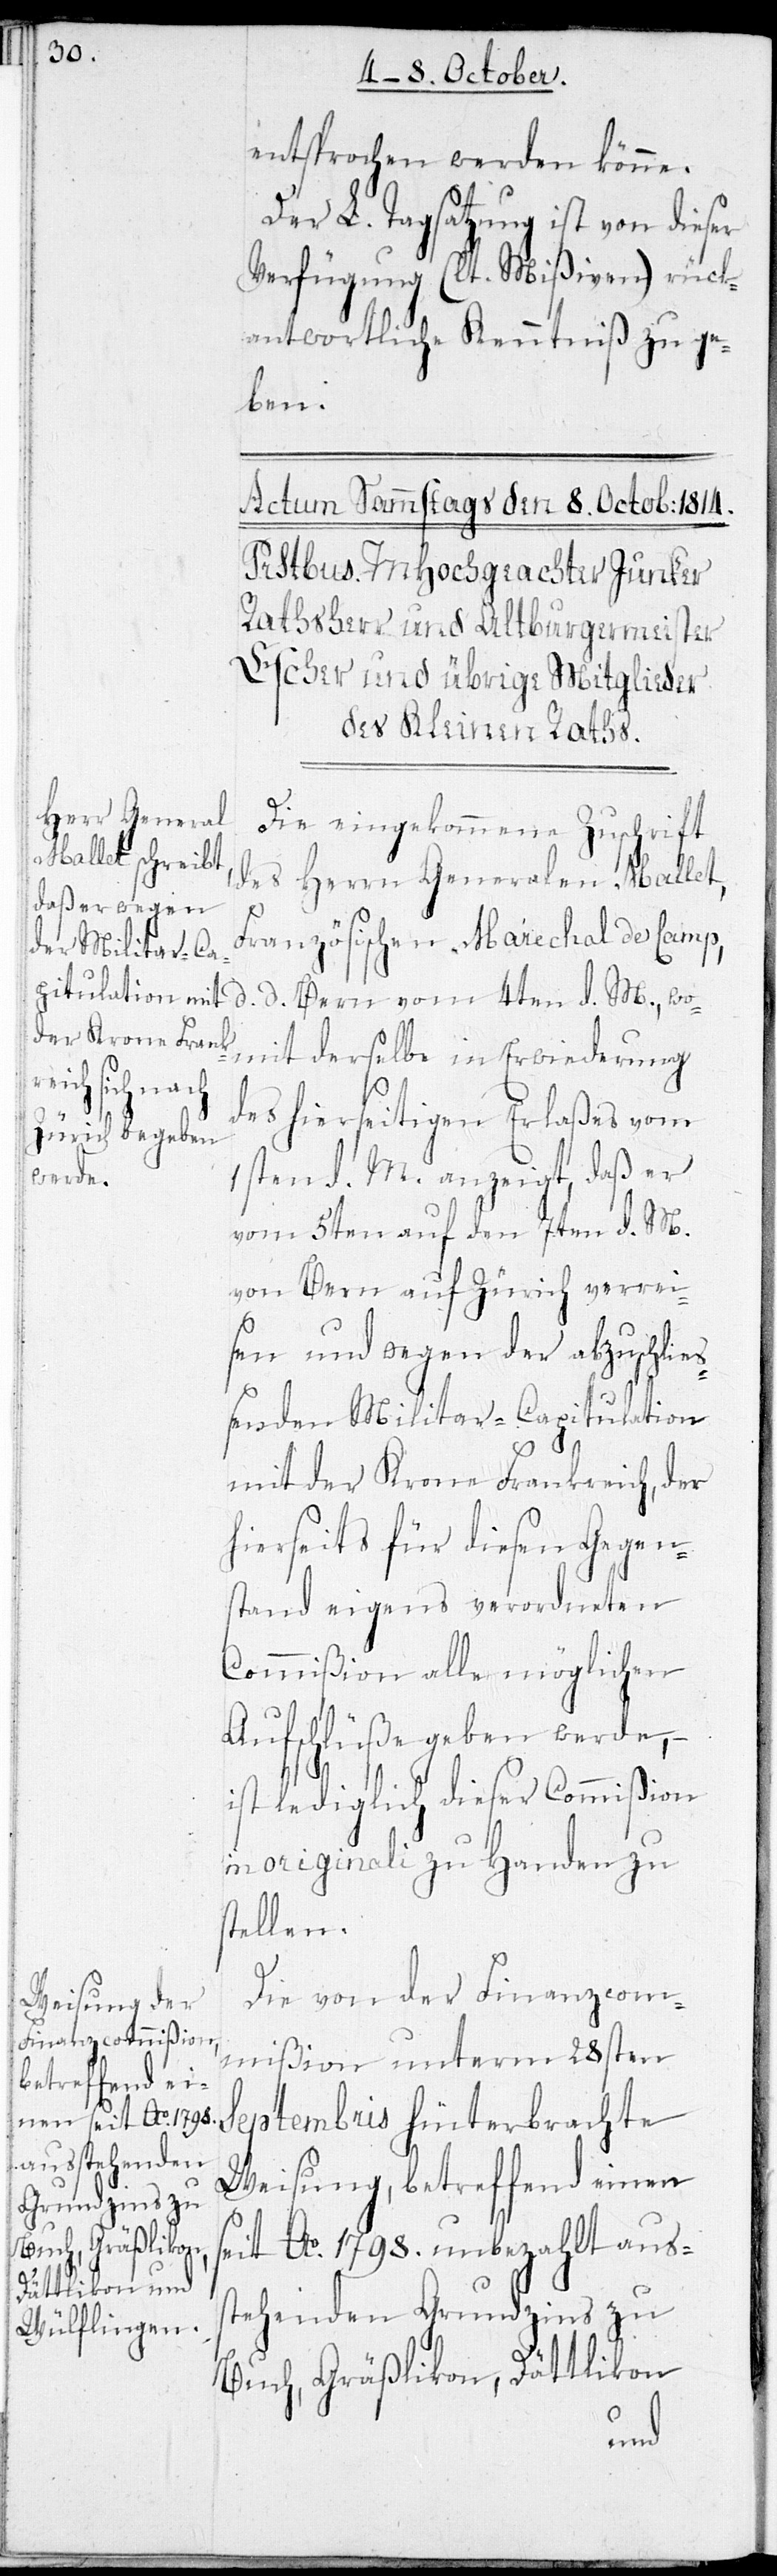
entsprochen werden könne.
Der L. Tagsatzung ist von dieser
Verfügung (lt. Mißiven) rück¬
antwortliche Kenntniß zu ge¬
ben.
Die eingekommene Zuschrift
des Herrn Generalen Mallet,
Französischen Marechal de Camp,
d. d. Bern vom 4ten d. M., wo¬
mit derselbe in Erwiederung
des hierseitigen Erlaßes vom
1sten d. M. anzeigt, daß er
vom 5ten auf den 7ten d. M.
von Bern auf Zürich verrei¬
sen und wegen der abzuschließ¬
enden Militar-Capitulation
mit der Krone Frankreich der
hierseits für diesen Gegen¬
stand eigens verordneten
Commißion alle möglichen
Aufschlüße geben werde, –
ist lediglich dieser Commißion
in originali zu Handen zu
Die von der Finanzcom¬
mißion unterm 28sten
Septembris hinterbrachte
Weisung, betreffend einen
seit Ao 1798. unbezahlt auss¬
tehenden Grundzins zu
Buch, Gräßlikon, Dättlikon